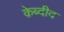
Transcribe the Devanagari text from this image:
क़ेब्दीद